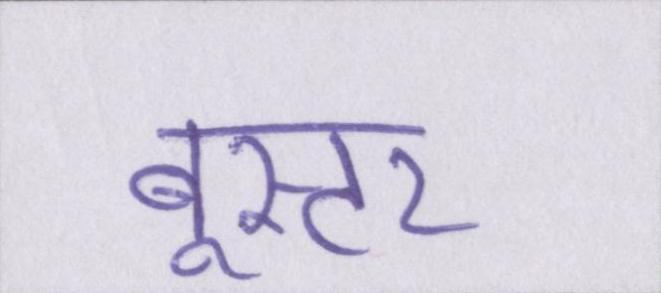
बूस्टर